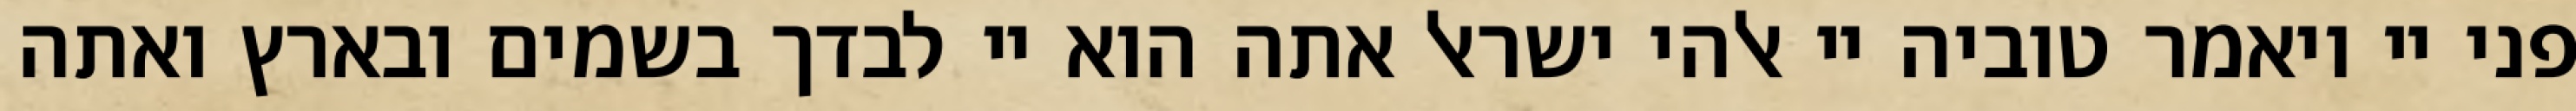
פני יי ויאמר טוביה יי אלהי ישראל אתה הוא יי לבדך בשמים ובארץ ואתה